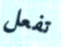
تفعل